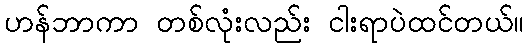
ဟန်ဘာကာ တစ်လုံးလည်း ငါးရာပဲထင်တယ်။